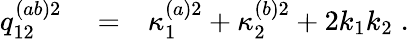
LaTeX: \begin{array}{rlr}{q_{12}^{(ab)2}}&{{}=}&{\kappa_{1}^{(a)2}+\kappa_{2}^{(b)2}+2k_{1}k_{2}\; .}\end{array}